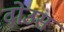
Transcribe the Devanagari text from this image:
वोउस